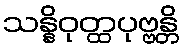
သန္နိဝုတ္ထပုဗ္ဗန္တိ